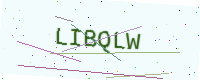
Text: LIBQLW